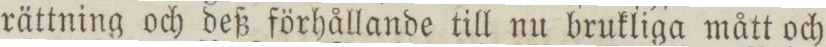
rättning och deß förhållande till nu brukliga mått och